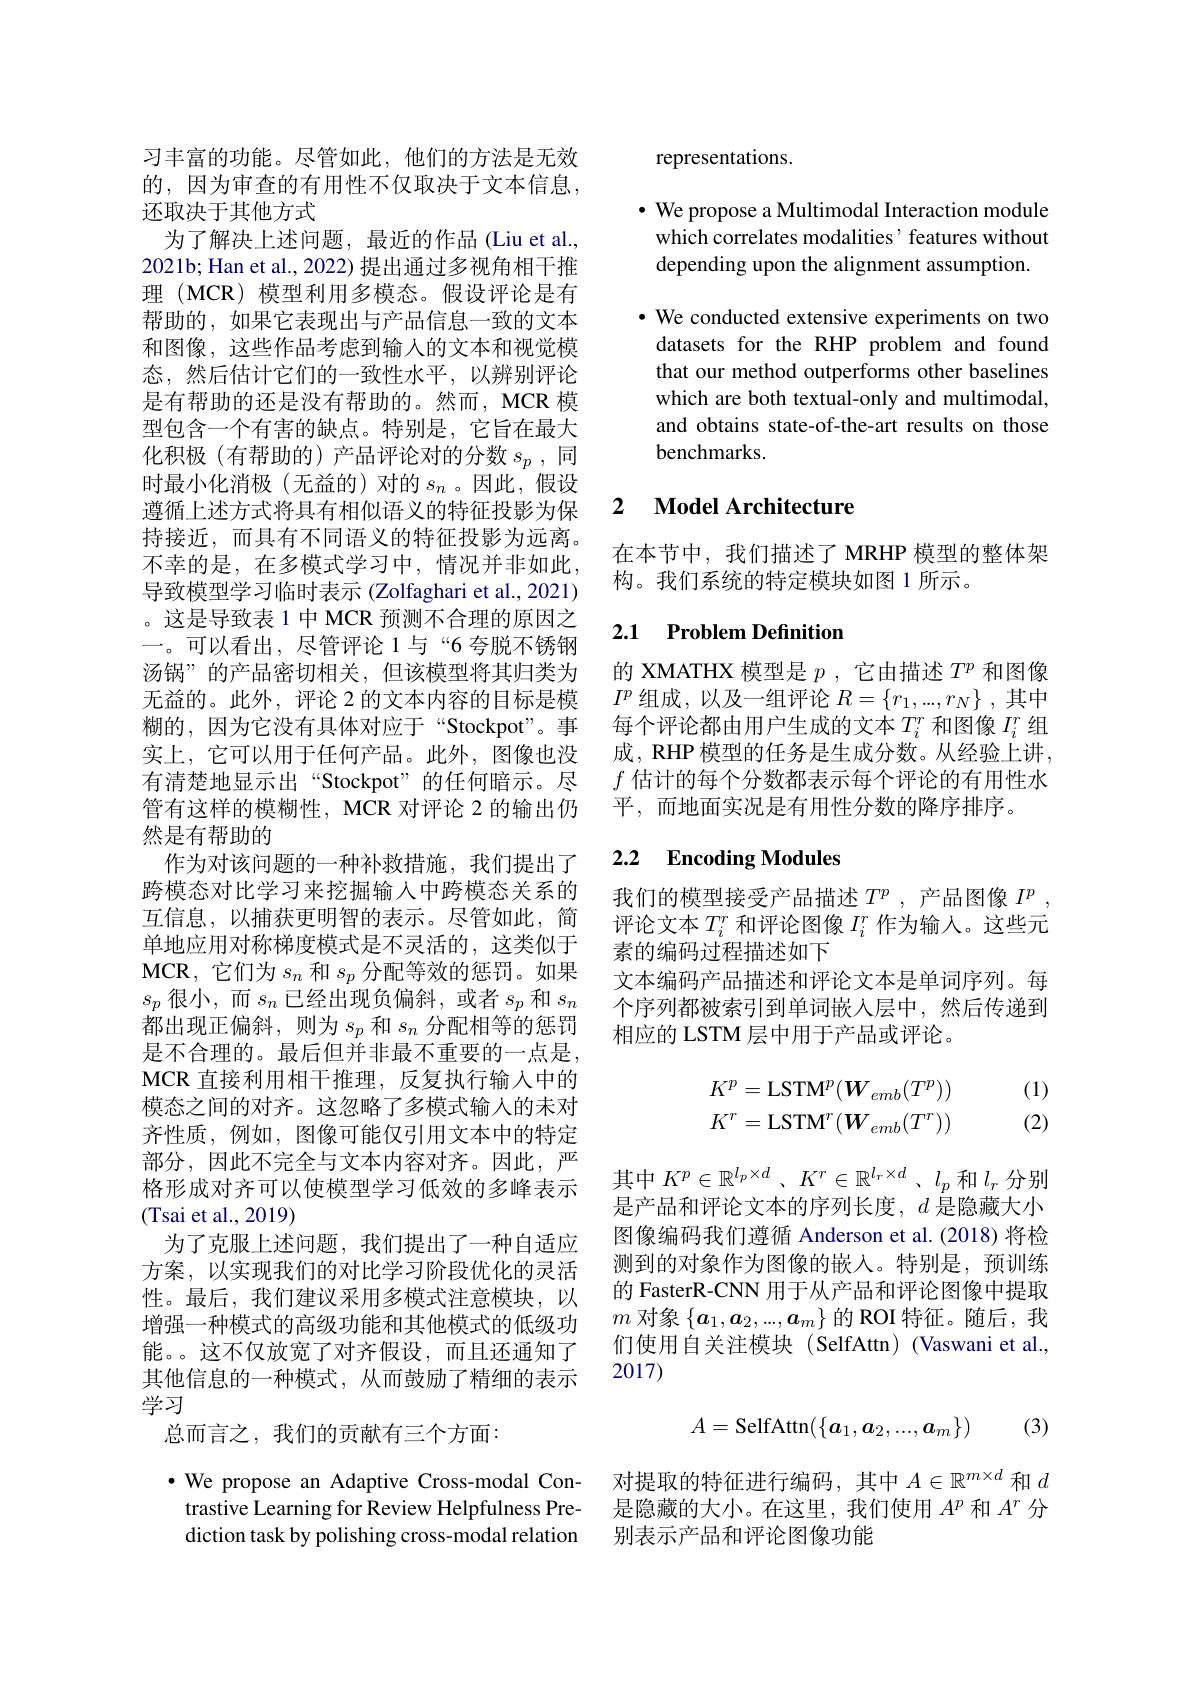
习丰富的功能。尽管如此，他们的方法是无效的，因为审查的有用性不仅取决于文本信息， 还取决于其他方式
为了解决上述问题，最近的作品(Liu et al., 2021b; Han et al., 2022) 提出通过多视角相干推理 (MCR) 模型利用多模态。假设评论是有帮助的，如果它表现出与产品信息一致的文本和图像，这些作品考虑到输入的文本和视觉模态，然后估计它们的一致性水平，以辨别评论是有帮助的还是没有帮助的。然而，MCR 模型包含一个有害的缺点。特别是，它旨在最大化积极(有帮助的)产品评论对的分数$s_p$,同时最小化消极(无益的)对的$s_n$。因此，假设遵循上述方式将具有相似语义的特征投影为保持接近，而具有不同语义的特征投影为远离。不幸的是，在多模式学习中，情况并非如此， 导致模型学习临时表示 (Zolfaghari et al., 2021) 。这是导致表 1 中 MCR 预测不合理的原因之一。可以看出，尽管评论 1与“6 夸脱不锈钢汤锅”的产品密切相关，但该模型将其归类为无益的。此外，评论 2 的文本内容的目标是模糊的，因为它没有具体对应于“Stockpot”。事实上，它可以用于任何产品。此外，图像也没有清楚地显示出“Stockpot”的任何暗示。尽管有这样的模糊性，MCR 对评论 2 的输出仍然是有帮助的
作为对该问题的一种补救措施，我们提出了跨模态对比学习来挖掘输入中跨模态关系的互信息，以捕获更明智的表示。尽管如此，简单地应用对称梯度模式是不灵活的，这类似于$\mathbf{MCR}$,它们为$s_n$和$s_p$分配等效的惩罚。如果$s_p$很小，而$s_n$已经出现负偏斜，或者$s_p$和$s_n$ 都出现正偏斜，则为$s_p$和$s_n$分配相等的惩罚是不合理的。最后但并非最不重要的一点是， MCR 直接利用相干推理，反复执行输入中的模态之间的对齐。这忽略了多模式输入的未对齐性质，例如，图像可能仅引用文本中的特定部分，因此不完全与文本内容对齐。因此，严格形成对齐可以使模型学习低效的多峰表示(Tsai et al.,2019)
为了克服上述问题，我们提出了一种自适应方案，以实现我们的对比学习阶段优化的灵活性。最后，我们建议采用多模式注意模块，以增强一种模式的高级功能和其他模式的低级功能。。这不仅放宽了对齐假设，而且还通知了其他信息的一种模式，从而鼓励了精细的表示学习
总而言之，我们的贡献有三个方面：

$\cdot$ We propose an Adaptive Cross-modal Contrastive Learning for Review Helpfulness Prediction task by polishing cross-modal relation

representations.

$\cdot$ We propose a Multimodal Interaction module which correlates modalities' features without depending upon the alignment assumption.

· We conducted extensive experiments on two datasets for the RHP problem and found that our method outperforms other baselines which are both textual-only and multimodal, and obtains state-of-the-art results on those benchmarks.

### 2 $\textbf{Model Architecture}$

在本节中，我们描述了MRHP 模型的整体架
构。我们系统的特定模块如图 1 所示。

# 2.1 Problem Definition

的 XMATHX 模型是$p$ ,它由描述$T^p$和图像$I^p$组成，以及一组评论$R=\{r_1,...,r_N\}$ ,其中每个评论都由用户生成的文本$T_i^r$和图像$I_i^r$组成，RHP 模型的任务是生成分数。从经验上讲。$f$估计的每个分数都表示每个评论的有用性水平，而地面实况是有用性分数的降序排序。

## 2.2 Encoding Modules

我们的模型接受产品描述$T^p$,产品图像$I^p$, 评论文本$T_i^r$和评论图像$I_i^r$作为输人。这些元素的编码过程描述如下
文本编码产品描述和评论文本是单词序列。每个序列都被索引到单词嵌入层中，然后传递到相应的 LSTM 层中用于产品或评论。

(1) (2)
$$\begin{aligned}K^p&=\mathrm{LSTM}^p(\boldsymbol W_{emb}(T^p))\\K^r&=\mathrm{LSTM}^r(\boldsymbol W_{emb}(T^r))\end{aligned}$$
其中$K^p\in \mathbb{R} ^{l_p\times d}$ $、 K^r\in \mathbb{R} ^{l_r\times d}$ $、 l_p$和$l_r$分别是产品和评论文本的序列长度，$d$是隐藏大小图像编码我们遵循 Anderson et al.(2018)将检测到的对象作为图像的嵌入。特别是，预训练的 FasterR-CNN 用于从产品和评论图像中提取$m$对象$\{\boldsymbol a_1,\boldsymbol a_2,...,\boldsymbol a_m\}$的 ROI 特征。随后，我们使用自关注模块(SelfAttn)(Vaswani et al., 2017)
$$A=\text{SelfAttn}(\{a_1,a_2,...,a_m\})$$
(3)

对提取的特征进行编码，其中$A\in\mathbb{R}^{m\times d}$和$d$ 是隐藏的大小。在这里，我们使用$A^p$和$A^r$分别表示产品和评论图像功能